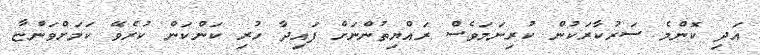
އަދި ކޮންމެ ސަރުކާރަކުން ކުރިނަމަވެސް ރައްޔިތުންނަށް ފައިދާ ހުރި ކަންކަން ކުރެވޭ ކަމަށްވަންޏާ